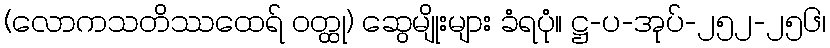
(လောကသတိဿထေရ် ဝတ္ထု) ဆွေမျိုးများ ခံရပုံ။ ဋ္ဌ-ပ-အုပ်-၂၅၂-၂၅၆၊